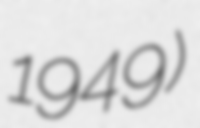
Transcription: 1949)